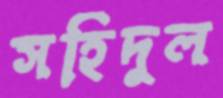
সহিদুল